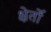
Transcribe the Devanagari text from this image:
क्षेर्तों